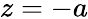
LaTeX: z=-a